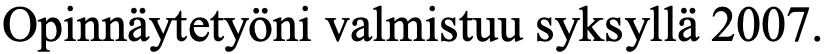
Opinnäytetyöni valmistuu syksyllä 2007.